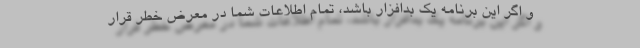
و اگر این برنامه یک بدافزار باشد، تمام اطلاعات شما در معرض خطر قرار